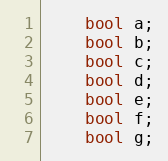
Language: C++
    bool a;
    bool b;
    bool c;
    bool d;
    bool e;
    bool f;
    bool g;